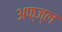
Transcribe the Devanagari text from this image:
अफ्ज्ल